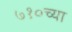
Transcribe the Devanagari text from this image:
७१०च्या